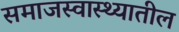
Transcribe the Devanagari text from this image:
समाजस्वास्थ्यातील